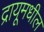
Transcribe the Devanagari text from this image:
द्रायूमधील